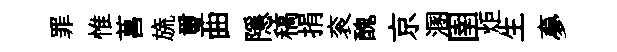
罪惟菖旒璽曲隱稿捐衮醜京溷圉炬生夣